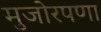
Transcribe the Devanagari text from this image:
मुजोरपणा